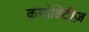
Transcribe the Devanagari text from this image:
कमोडिटीज़